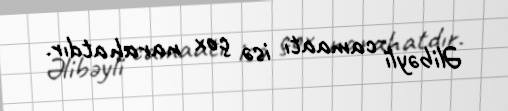
Əlibəyli camaatı isə çox narahatdır.